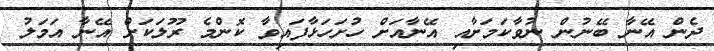
ދެން އޭނާ ބޭނުން ނުވާކަމަށާއި އޭނާއަށް ހުށަހަޅާފައިވާ ކޮންމެ ރޫލަކަށް އޭނާ އަމަލު